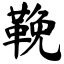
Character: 鞔